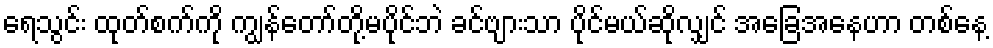
ရေသွင်း ထုတ်စက်ကို ကျွန်တော်တို့မပိုင်ဘဲ ခင်ဗျားသာ ပိုင်မယ်ဆိုလျှင် အခြေအနေဟာ တစ်နေ့